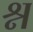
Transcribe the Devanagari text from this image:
श्न